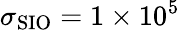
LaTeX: \sigma_{\mathrm{{SIO}}}=1\times 10^{5}